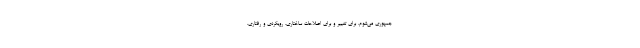
جمهوری می‌شوم، برای تغییر و برای اصلاحات ساختاری، رویکردی و رفتاری.